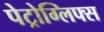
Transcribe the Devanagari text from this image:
पेट्रोग्लिफ्स